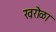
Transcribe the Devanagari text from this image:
खरोळा